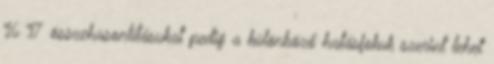
16 17 összehasonlításukat pedig a különböző hatásfokuk szerint lehet